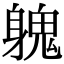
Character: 𨉵